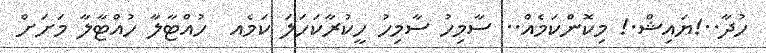
ހުދާ..!ޔައިޝް.! މިކޮންކަމެއް.. ސާމިހު ސާމިހު ހީކުރާކަހަލަ ކަމެއ  ހުއްޓާލާ ހުއްޓާލާ މަށަށް